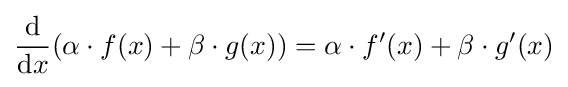
{\frac {\mbox{d}}{{\mbox{d}}x}}(\alpha \cdot f(x)+\beta \cdot g(x))=\alpha \cdot f'(x)+\beta \cdot g'(x)